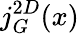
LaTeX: j_{G}^{2D}(x)